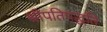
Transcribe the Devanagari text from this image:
श्रीपतिपद्धति